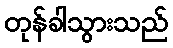
တုန်ခါသွားသည်